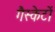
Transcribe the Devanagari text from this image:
गैस्केटों